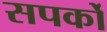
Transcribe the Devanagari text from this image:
सपर्को